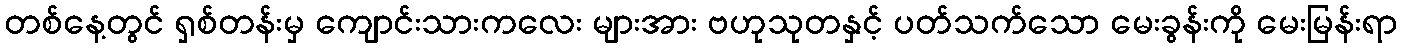
တစ်နေ့တွင် ရှစ်တန်းမှ ကျောင်းသားကလေး များအား ဗဟုသုတနှင့် ပတ်သက်သော မေးခွန်းကို မေးမြန်းရာ